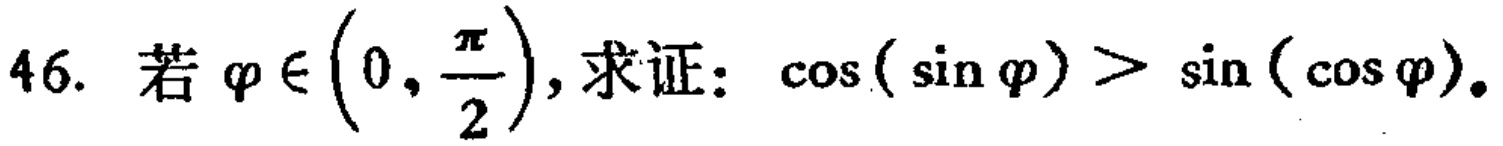
若\(\varphi \in \left(0,\frac{\pi}{2}\right)\),求证：\(\cos(\sin\varphi) > \sin(\cos\varphi)\)。